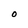
Character: O